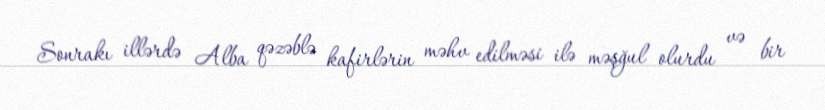
Sonrakı illərdə Alba qəzəblə kafirlərin məhv edilməsi ilə məşğul olurdu və bir